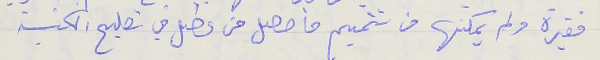
فقيرة ولم يمكنها من تتميم ما حصل من عطل في تصليح الكنيسة